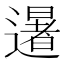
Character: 𮟕